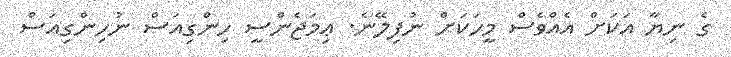
ގެ ނިޔާ އަކަށް އެއްވެސް މީހަކަށް ނުފިލޭނެ. ޢިމަޖެންސީ ހިންގިއަސް ނުހިންގިއަސް